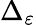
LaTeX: \Delta_{\varepsilon}